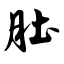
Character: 肚